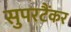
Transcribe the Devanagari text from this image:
सुपरटैंकर